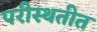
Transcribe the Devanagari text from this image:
परीस्थतीत